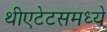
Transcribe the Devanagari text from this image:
थीएटेटसमध्ये